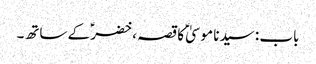
باب : سیدنا موسیٰؑ کا قصہ ، خضرؑ کے ساتھ۔